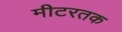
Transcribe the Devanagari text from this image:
मीटरतक